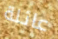
عائلة